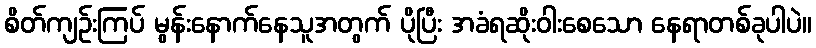
စိတ်ကျဉ်းကြပ် မွန်းနောက်နေသူအတွက် ပိုပြီး အခံရဆိုးဝါးစေသော နေရာတစ်ခုပါပဲ။